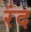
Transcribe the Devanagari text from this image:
रंद